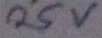
Text: 25v